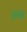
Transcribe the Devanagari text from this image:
रहता